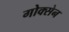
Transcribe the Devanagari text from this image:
गोक्सेन